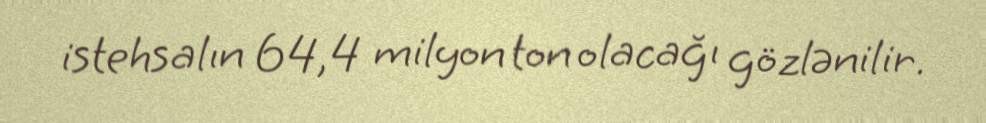
istehsalın 64,4 milyon ton olacağı gözlənilir.